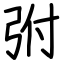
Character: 弣